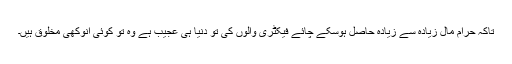
تاکہ حرام مال زیادہ سے زیادہ حاصل ہوسکے چائے فیکٹری والوں کی تو دنیا ہی عجیب ہے وہ تو کوئی انوکھی مخلوق ہیں۔